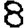
Digit: 8